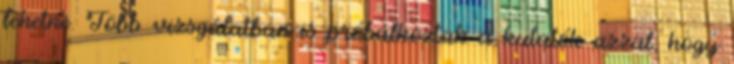
lehetne. Több vizsgálatban is próbálkoztak a kutatók azzal, hogy